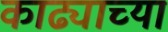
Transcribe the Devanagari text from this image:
काढ्याच्या